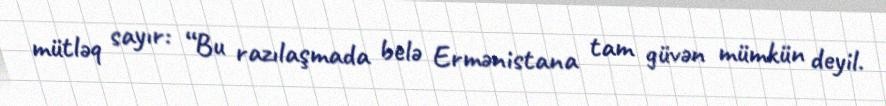
mütləq sayır: “Bu razılaşmada belə Ermənistana tam güvən mümkün deyil.